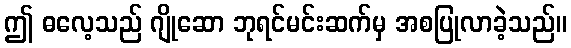
ဤ ဓလေ့သည် ဂျိုဆော ဘုရင်မင်းဆက်မှ အစပြုလာခဲ့သည်။